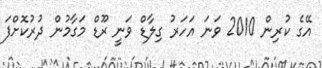
އޭގެ ކުރިން 2010 ވަނަ އަހަރު ގިލާޑް ވަނީ ރޫޑް މަގާމުން ދުރުކޮށްފަ